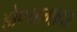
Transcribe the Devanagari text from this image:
होण्यागोदर